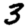
Digit: 3